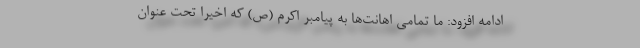
ادامه افزود: ما تمامی اهانت‌ها به پیامبر اکرم (ص) که اخیراً تحت عنوان